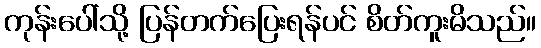
ကုန်းပေါ်သို့ ပြန်တက်ပြေးရန်ပင် စိတ်ကူးမိသည်။